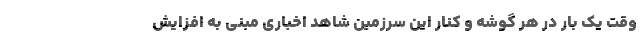
وقت یک بار در هر گوشه و کنار این سرزمین شاهد اخباری مبنی به افزایش